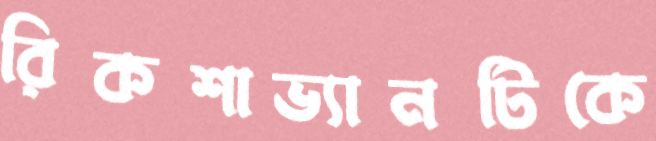
রিকশাভ্যানটিকে